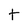
Character: t